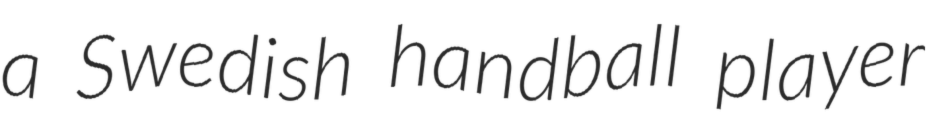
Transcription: a Swedish handball player